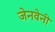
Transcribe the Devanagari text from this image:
जेनवेनी